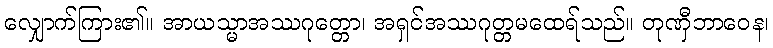
လျှောက်ကြား၏။ အာယသ္မာအဿဂုတ္တော၊ အရှင်အဿဂုတ္တမထေရ်သည်။ တုဏှီဘာဝေန၊